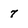
Character: 7